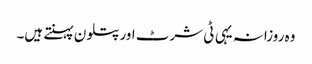
وہ روزانہ یہی ٹی شرٹ اور پتلون پہنتے ہیں۔